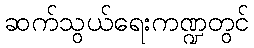
ဆက်သွယ်ရေးကဏ္ဍတွင်